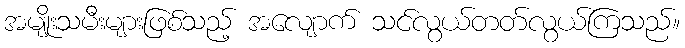
အမျိုးသမီးများဖြစ်သည့် အလျောက် သင်လွယ်တတ်လွယ်ကြသည်။